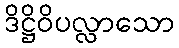
ဒိဋ္ဌိဝိပလ္လာသော